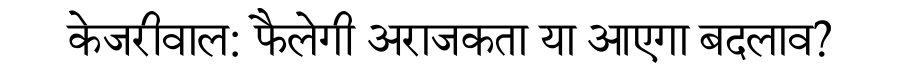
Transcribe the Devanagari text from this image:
केजरीवाल: फैलेगी अराजकता या आएगा बदलाव?